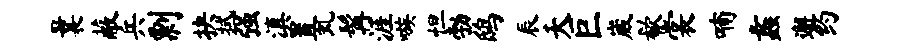
曩蔽兵剽抉拭强滇置虬髯涯嗾怛勃鸱辰夭巨崴欷裳喃蠡邂约